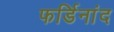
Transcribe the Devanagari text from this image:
फर्डिनांद